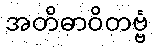
အတိဓာဝိတဗ္ဗံ